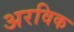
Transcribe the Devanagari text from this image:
अरविक